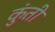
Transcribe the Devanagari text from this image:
कुुंती